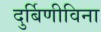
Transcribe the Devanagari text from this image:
दुर्बिणीविना